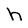
Character: h